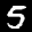
Label: 5